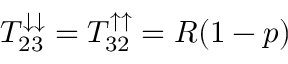
T _ { 2 3 } ^ { \downarrow \downarrow } = T _ { 3 2 } ^ { \uparrow \uparrow } = R ( 1 - p )